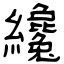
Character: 纔